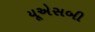
યૂએસબી